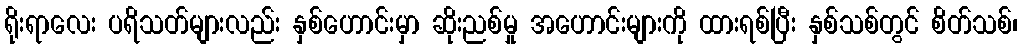
ရိုးရာလေး ပရိသတ်များလည်း နှစ်ဟောင်းမှာ ဆိုးညစ်မှု အဟောင်းများကို ထားရစ်ပြီး နှစ်သစ်တွင် စိတ်သစ်၊